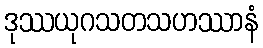
ဒုဿယုဂသတသဟဿာနံ